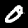
Label: 0